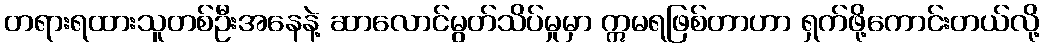
တရားရထားသူတစ်ဦးအနေနဲ့ ဆာလောင်မွတ်သိပ်မှုမှာ ဣမရဖြစ်တာဟာ ရှက်ဖို့ကောင်းတယ်လို့